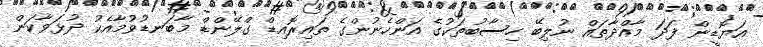
އަޔޮޑީން ފަދަ މާއްދާތައް ނުލިބޭ ހިސާބުތަކުގެ އަންހެނުންގެ ތައިރޮއިޑް ގްލޭންޑް މާބަނޑުވުމާއެކު ދުޅަވާކަން